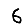
Digit: 6